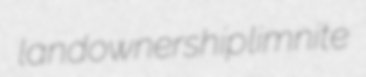
landownership limnite